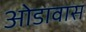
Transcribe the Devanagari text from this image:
ओडावास